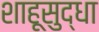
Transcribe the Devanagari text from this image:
शाहूसुद्धा